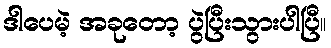
ဒါပေမဲ့ အခုတော့ ပွဲပြီးသွားပါပြီ။